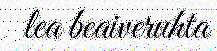
lea beaiveruhta